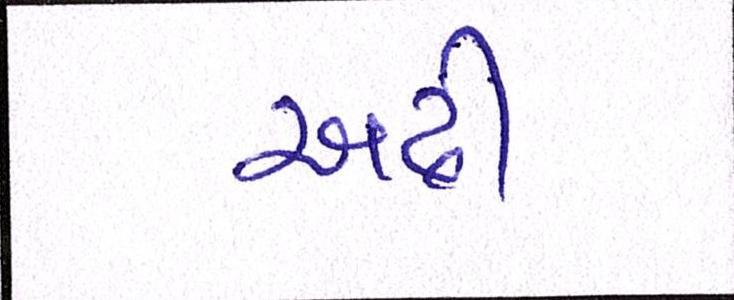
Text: અઢી